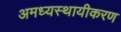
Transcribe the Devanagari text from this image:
अमध्यस्थायीकरण